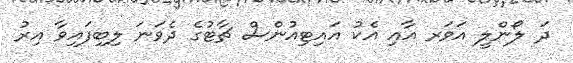
ދަ ލޯންލީ އަވަރ އާއި އެކު އައިޓިއުންސް ޗާޓުގެ ދެވަނަ ލިބިފައިވާ އިރު